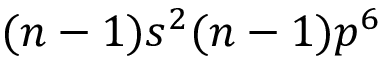
( n - 1 ) s ^ { 2 } ( n - 1 ) p ^ { 6 }